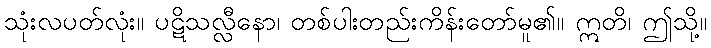
သုံးလပတ်လုံး။ ပဋိသလ္လီနော၊ တစ်ပါးတည်းကိန်းတော်မူ၏။ ဣတိ၊ ဤသို့။